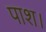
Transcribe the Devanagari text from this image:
पाश।